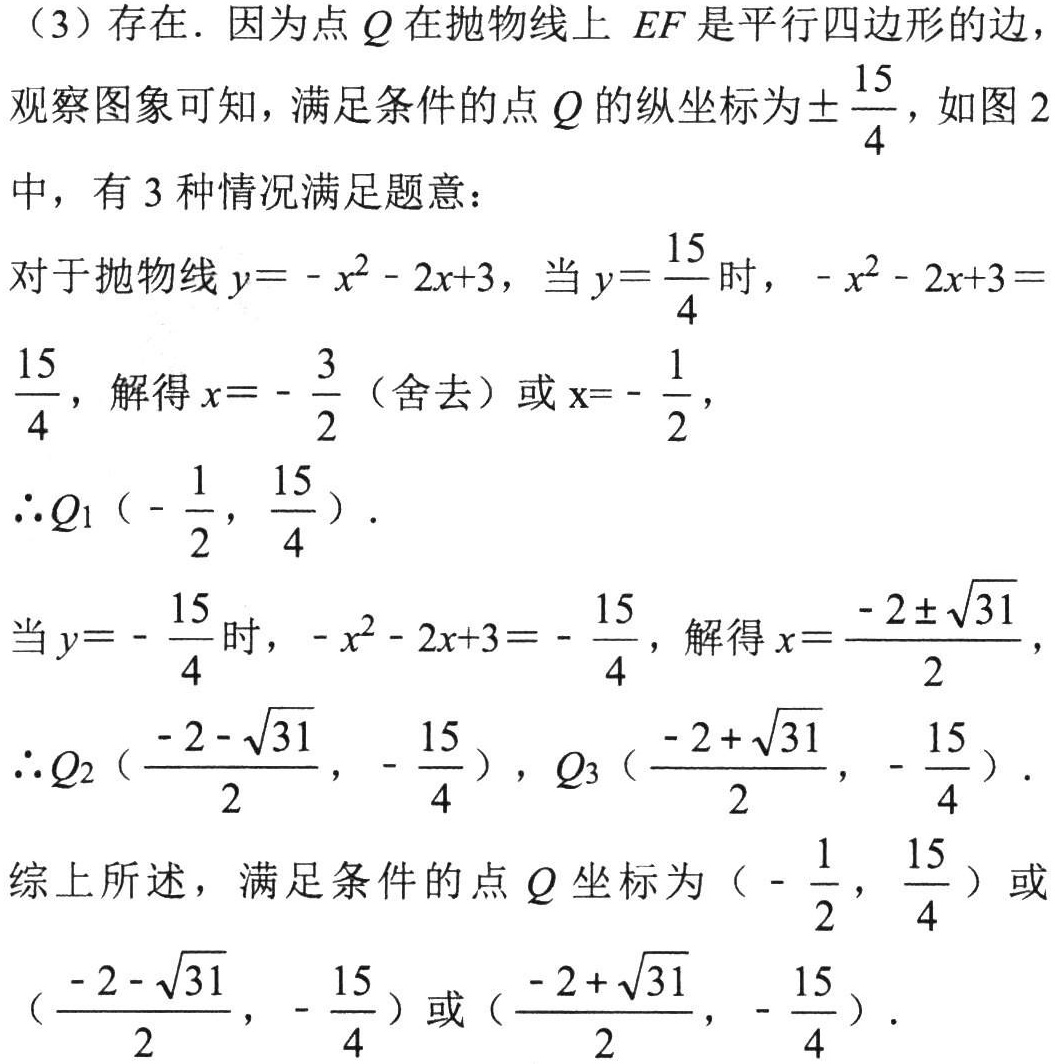
（3）存在．因为点 \(Q\) 在抛物线上 \(EF\) 是平行四边形的边，
观察图象可知，满足条件的点 \(Q\) 的纵坐标为\(\pm\frac{15}{4}\)，如图 2
中，有 3 种情况满足题意：
对于抛物线 \(y = -x^{2}-2x + 3\)，当 \(y=\frac{15}{4}\) 时，\(-x^{2}-2x + 3=\frac{15}{4}\)，解得 \(x = -\frac{3}{2}\)（舍去）或 \(x=-\frac{1}{2}\)，
\(\therefore Q_{1}\left(-\frac{1}{2},\frac{15}{4}\right)\)．
当 \(y = -\frac{15}{4}\) 时，\(-x^{2}-2x + 3 = -\frac{15}{4}\)，解得 \(x=\frac{-2\pm\sqrt{31}}{2}\)，
\(\therefore Q_{2}\left(\frac{-2-\sqrt{31}}{2},-\frac{15}{4}\right)\)，\(Q_{3}\left(\frac{-2+\sqrt{31}}{2},-\frac{15}{4}\right)\)．
综上所述，满足条件的点 \(Q\) 坐标为 \(\left(-\frac{1}{2},\frac{15}{4}\right)\) 或 \(\left(\frac{-2-\sqrt{31}}{2},-\frac{15}{4}\right)\) 或 \(\left(\frac{-2+\sqrt{31}}{2},-\frac{15}{4}\right)\)．